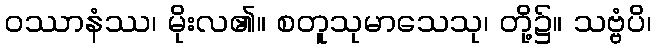
ဝဿာနံဿ၊ မိုးလ၏။ စတူသုမာသေသု၊ တို့၌။ သဗ္ဗံပိ၊